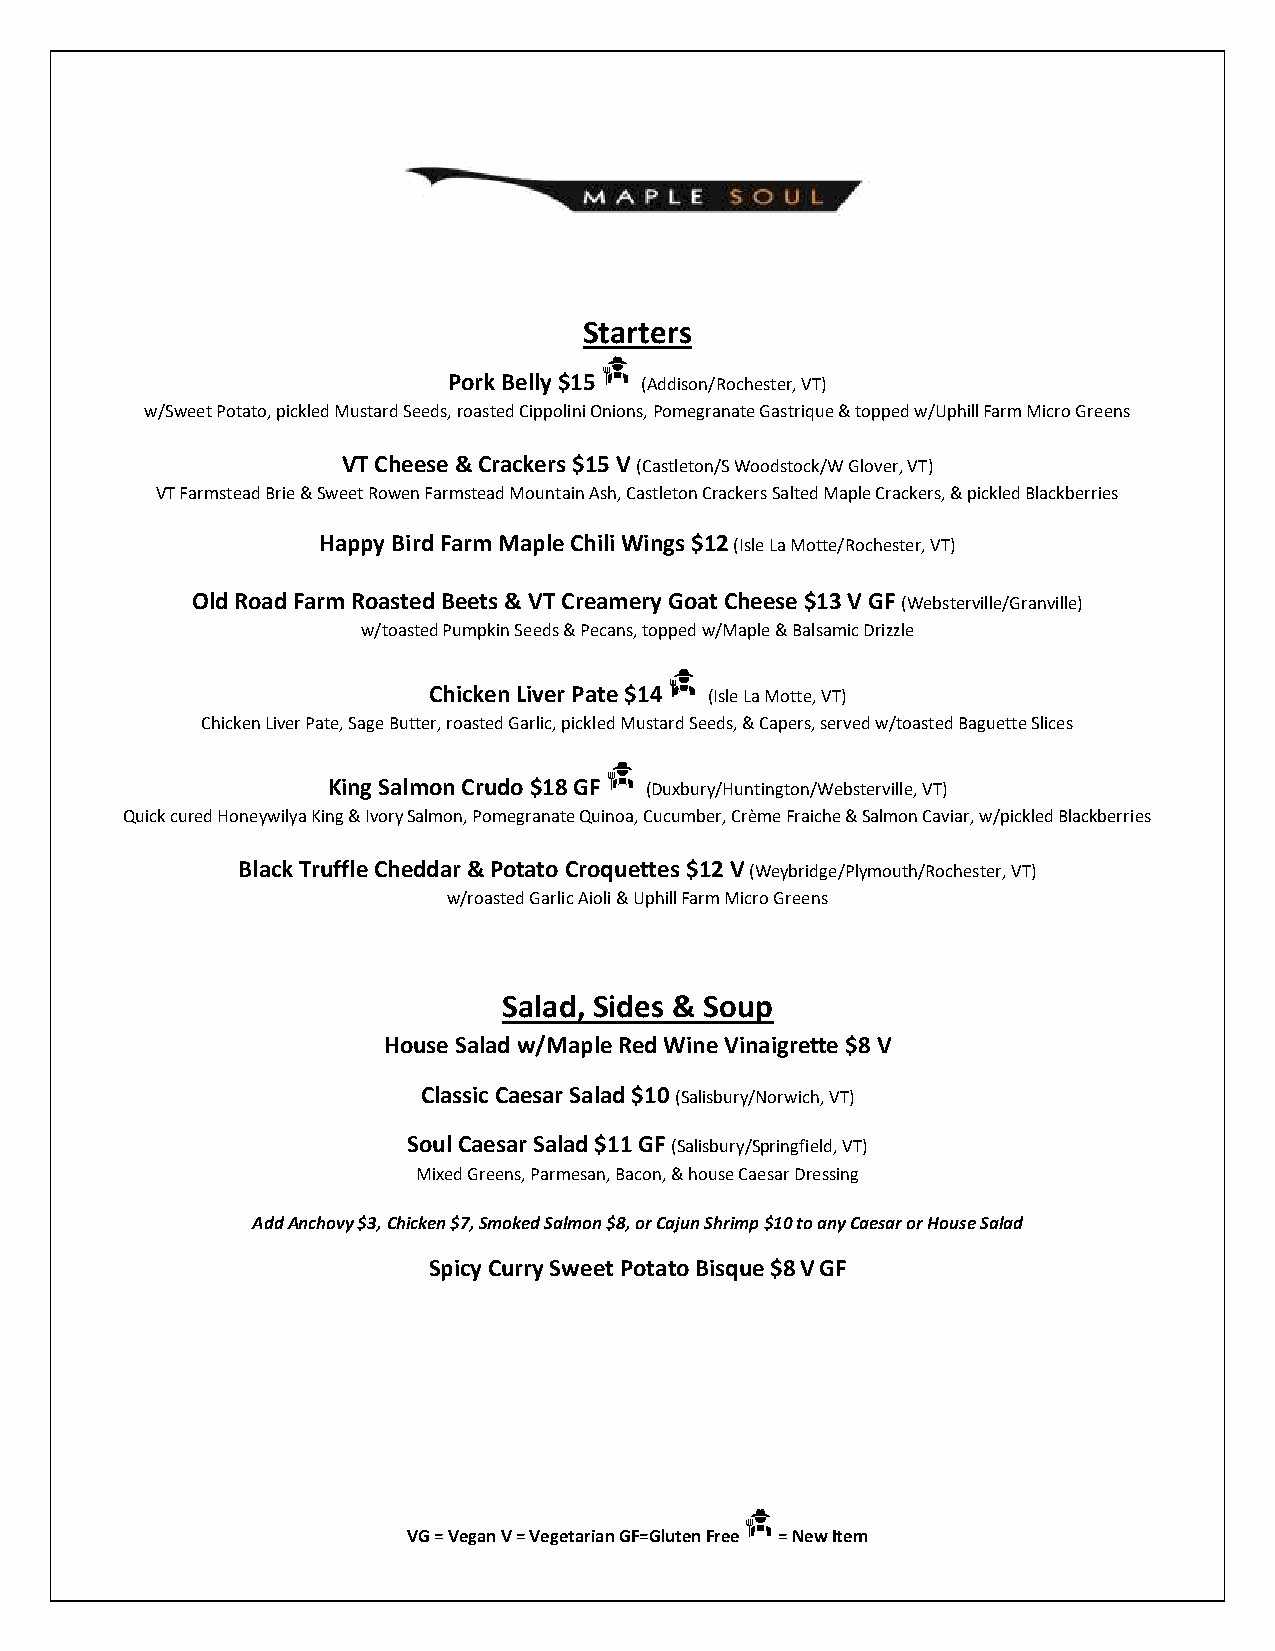
Starters
 Pork Belly $15 (Addison/Rochester, VT)
 w/Sweet Potato, pickled Mustard Seeds, roasted Cippolini Onions, Pomegranate Gastrique & topped w/Uphill Farm Micro Greens
 VT Cheese & Crackers $15 V (Castleton/S Woodstock/W Glover, VT)
 VT Farmstead Brie & Sweet Rowen Farmstead Mountain Ash, Castleton Crackers Salted Maple Crackers, & pickled Blackberries
 Happy Bird Farm Maple Chili Wings $12 (Isle La Motte/Rochester, VT)
 Old Road Farm Roasted Beets & VT Creamery Goat Cheese $13 V GF (Websterville/Granville)
 w/toasted Pumpkin Seeds & Pecans, topped w/Maple & Balsamic Drizzle
 Chicken Liver Pate $14 (Isle La Motte, VT)
 Chicken Liver Pate, Sage Butter, roasted Garlic, pickled Mustard Seeds, & Capers, served w/toasted Baguette Slices
 King Salmon Crudo $18 GF (Duxbury/Huntington/Websterville, VT)
 Quick cured Honeywilya King & Ivory Salmon, Pomegranate Quinoa, Cucumber, Crème Fraiche & Salmon Caviar, w/pickled Blackberries
 Black Truffle Cheddar & Potato Croquettes $12 V (Weybridge/Plymouth/Rochester, VT)
 w/roasted Garlic Aioli & Uphill Farm Micro Greens
 Salad, Sides & Soup
 House Salad w/Maple Red Wine Vinaigrette $8 V
 Classic Caesar Salad $10 (Salisbury/Norwich, VT)
 Soul Caesar Salad $11 GF (Salisbury/Springfield, VT)
 Mixed Greens, Parmesan, Bacon, & house Caesar Dressing
 Add Anchovy $3, Chicken $7, Smoked Salmon $8, or Cajun Shrimp $10 to any Caesar or House Salad
 Spicy Curry Sweet Potato Bisque $8 V GF
 VG = Vegan V = Vegetarian GF=Gluten Free = New Item